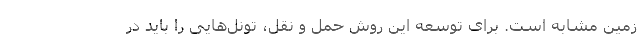
زمین مشابه است. برای توسعه این روش حمل و نقل، تونل‌هایی را باید در